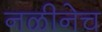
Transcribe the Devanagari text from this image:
नळीनेच